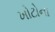
ખોટોના